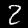
Label: 2